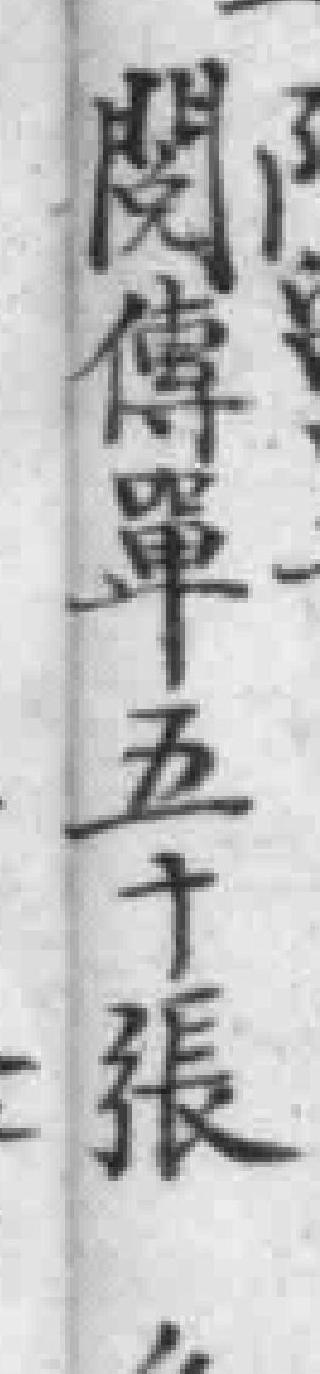
閱傳單五十張